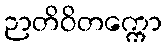
ဉာတိဝိတက္ကော